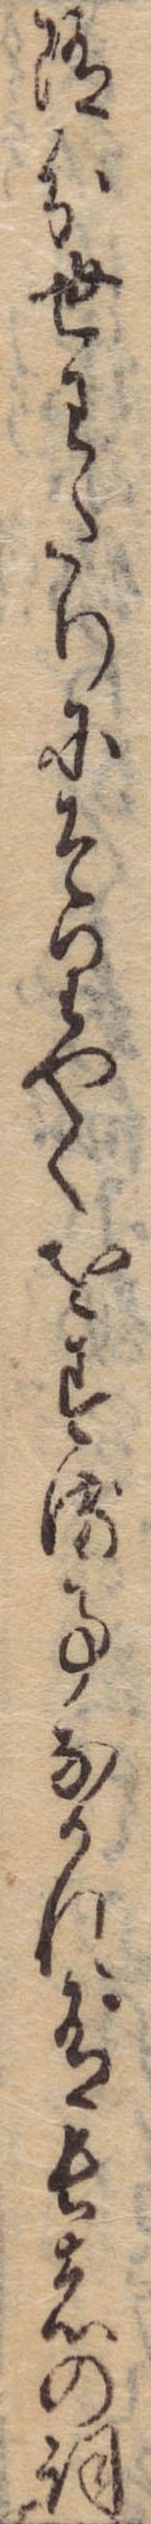
随分世わたりにそりやくをする事なかれ有長者の詞